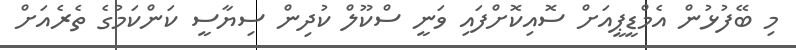
މި ބޭފުޅުން އެމްޑީޕީއަށް ސޮއިކޮށްފައި ވަނީ ސްކޫލް ކުދިން ސިޔާސީ ކަންކަމުގެ ތެރެއަށް